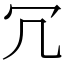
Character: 冗